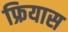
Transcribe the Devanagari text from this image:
फ्रियास